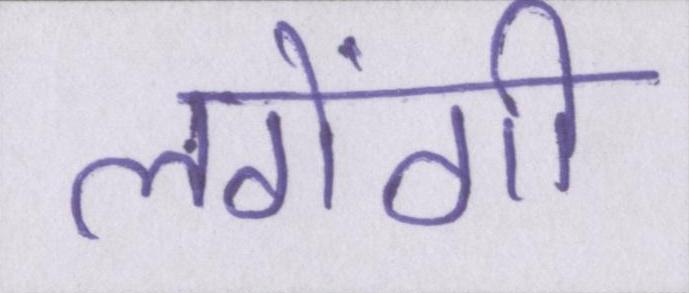
लगेंगी